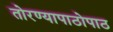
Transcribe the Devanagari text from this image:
तोरण्यापाठोपाठ